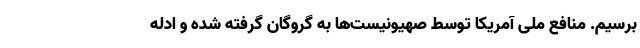
برسیم. منافع ملی آمریکا توسط صهیونیست‌ها به گروگان گرفته شده و ادله